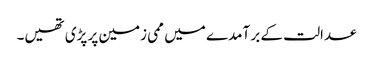
عدالت کے بر آمدے میں ممی زمین پر پڑی تھیں۔